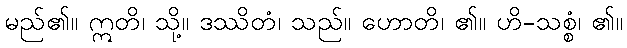
မည်၏။ ဣတိ၊ သို့။ ဒဿိတံ၊ သည်။ ဟောတိ၊ ၏။ ဟိ-သစ္စံ၊ ၏။